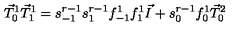
\vec { T } _ { 0 } ^ { 1 } \vec { T } _ { 1 } ^ { 1 } = s _ { - 1 } ^ { r - 1 } s _ { 1 } ^ { r - 1 } f _ { - 1 } ^ { 1 } f _ { 1 } ^ { 1 } \vec { I } + s _ { 0 } ^ { r - 1 } f _ { 0 } ^ { 1 } \vec { T } _ { 0 } ^ { 2 }